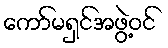
ကော်မရှင်အဖွဲ့ဝင်